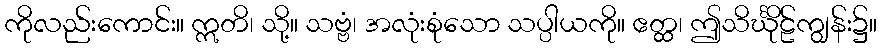
ကိုလည်းကောင်း။ ဣတိ၊ သို့။ သဗ္ဗံ၊ အလုံးစုံသော သပ္ပါယကို။ ဧတ္ထ၊ ဤသိင်္ဃိုဠ်ကျွန်း၌။